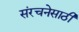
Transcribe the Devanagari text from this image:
संरचनेसाठी